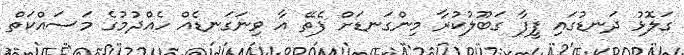
ގަލޮޅު ދަނޑުގައި ފީފާ ގަބޫލުކުރާ މިންގަނޑަށް ފެތޭ އާ ވިނަގަނޑެއް ހެއްދުމުގެ މަސައްކަތް